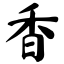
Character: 香